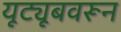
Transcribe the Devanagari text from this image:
यूट्यूबवरून